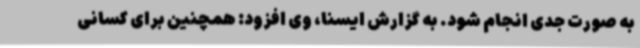
به صورت جدی انجام شود. به گزارش ایسنا، وی افزود: همچنین برای کسانی